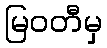
မြဝတီမှ